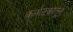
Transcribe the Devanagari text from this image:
कर्नाटकांतून